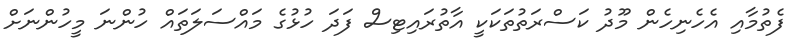
ފެތުމާއި އެހެނިހެން މޫދު ކަސްރަތުތަކަކީ އާތުރައިޓިސް ފަދަ ހުޅުގެ މައްސަލަތައް ހުންނަ މީހުންނަށް